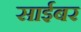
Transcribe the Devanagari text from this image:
साईबर